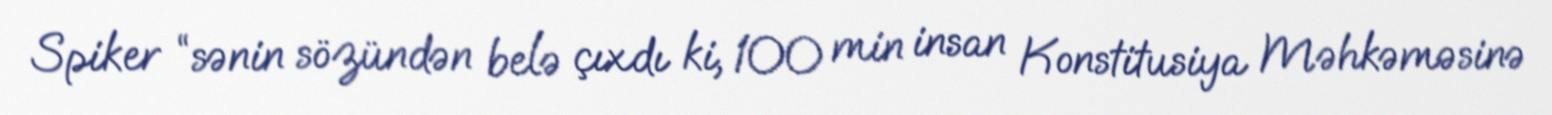
Spiker “sənin sözündən belə çıxdı ki, 100 min insan Konstitusiya Məhkəməsinə